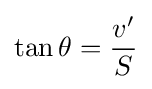
\tan \theta ={\frac {v'}{S}}